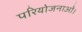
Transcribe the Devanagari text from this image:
परियोजनाओं।